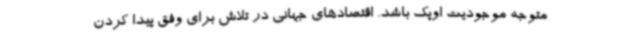
متوجه موجودیت اوپک باشد. اقتصادهای جهانی در تلاش برای وفق پیدا کردن